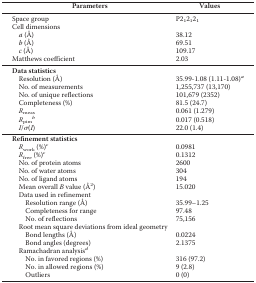
<table><thead><tr><td><b>Parameters</b></td><td><b>Values</b></td></tr></thead><tbody><tr><td>Space group</td><td>P2<sub>1</sub>2<sub>1</sub>2<sub>1</sub></td></tr><tr><td>Cell dimensions</td><td></td></tr><tr><td><i>a</i> (Å)</td><td>38.12</td></tr><tr><td><i>b</i> (Å)</td><td>69.51</td></tr><tr><td><i>c</i> (Å)</td><td>109.17</td></tr><tr><td>Matthews coefficient</td><td>2.03</td></tr><tr><td><b>Data statistics</b></td><td></td></tr><tr><td>Resolution (Å)</td><td>35.99-1.08 (1.11-1.08)<i><sup>a</sup></i></td></tr><tr><td>No. of measurements</td><td>1,255,737 (13,170)</td></tr><tr><td>No. of unique reflections</td><td>101,679 (2352)</td></tr><tr><td>Completeness (%)</td><td>81.5 (24.7)</td></tr><tr><td><i>R</i><sub>meas</sub></td><td>0.061 (1.279)</td></tr><tr><td><i>R</i><sub>pim</sub><i><sup>b</sup></i></td><td>0.017 (0.518)</td></tr><tr><td><i>I</i>/σ(<i>I</i>)</td><td>22.0 (1.4)</td></tr><tr><td><b>Refinement statistics</b></td><td></td></tr><tr><td><i>R</i><sub>work</sub> (%)<i><sup>c</sup></i></td><td>0.0981</td></tr><tr><td><i>R</i><sub>free</sub> (%)<i><sup>c</sup></i></td><td>0.1312</td></tr><tr><td>No. of protein atoms</td><td>2600</td></tr><tr><td>No. of water atoms</td><td>304</td></tr><tr><td>No. of ligand atoms</td><td>194</td></tr><tr><td>Mean overall <i>B</i> value (Å<sup>2</sup>)</td><td>15.020</td></tr><tr><td>Data used in refinement</td><td></td></tr><tr><td>Resolution range (Å)</td><td>35.99–1.25</td></tr><tr><td>Completeness for range</td><td>97.48</td></tr><tr><td>No. of reflections</td><td>75,156</td></tr><tr><td>Root mean square deviations from ideal geometry</td><td></td></tr><tr><td>Bond lengths (Å)</td><td>0.0224</td></tr><tr><td>Bond angles (degrees)</td><td>2.1375</td></tr><tr><td>Ramachadran analysis<i><sup>d</sup></i></td><td></td></tr><tr><td>No. in favored regions (%)</td><td>316 (97.2)</td></tr><tr><td>No. in allowed regions (%)</td><td>9 (2.8)</td></tr><tr><td>Outliers</td><td>0 (0)</td></tr></tbody></table>